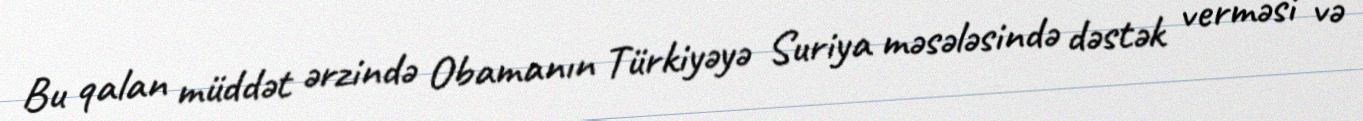
Bu qalan müddət ərzində Obamanın Türkiyəyə Suriya məsələsində dəstək verməsi və